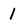
Character: 1